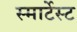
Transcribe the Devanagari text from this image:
स्मार्टेस्ट